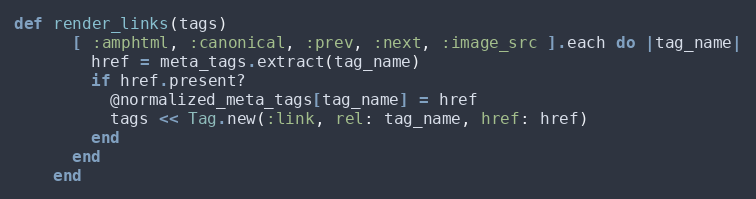
Language: Ruby
def render_links(tags)
      [ :amphtml, :canonical, :prev, :next, :image_src ].each do |tag_name|
        href = meta_tags.extract(tag_name)
        if href.present?
          @normalized_meta_tags[tag_name] = href
          tags << Tag.new(:link, rel: tag_name, href: href)
        end
      end
    end